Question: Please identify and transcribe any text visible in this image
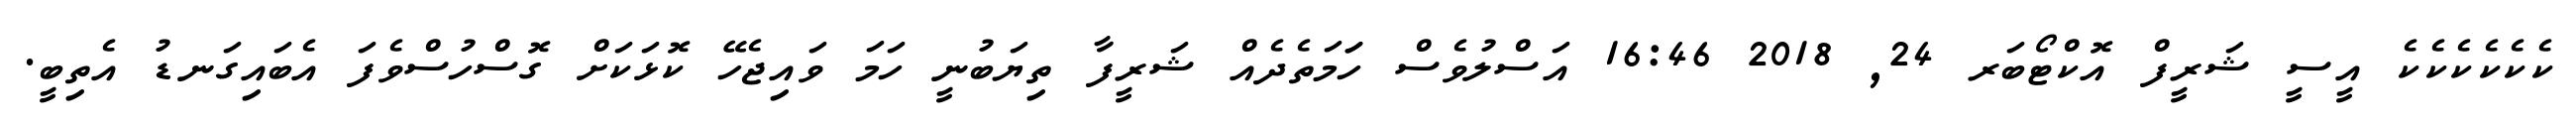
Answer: ކެކެކެކެކެކެ އީސީ ޝަރީފް އޮކްޓޯބަރ 24, 2018 16:46 އަސްލުވެސް ހަަމަތެދެއް ޝަރީފާ ތިޔަބުނީ ހަމަ ވައިޖެހޭ ކޮޅަކަށް ގޮސްހުސްވެފަ އެބައިގަނޑު އެތިބީ.